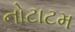
નોટાટમ